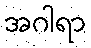
အဂါရာ